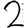
Digit: 2